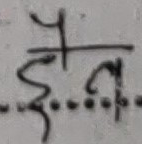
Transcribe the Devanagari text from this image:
नैन